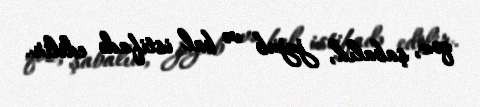
qoz, şabalıd, jujub və bal istifadə edilir.